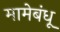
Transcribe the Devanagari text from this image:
मामेबंधू